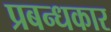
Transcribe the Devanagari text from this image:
प्रबन्धकार